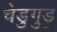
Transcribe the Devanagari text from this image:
चेडुगुडु